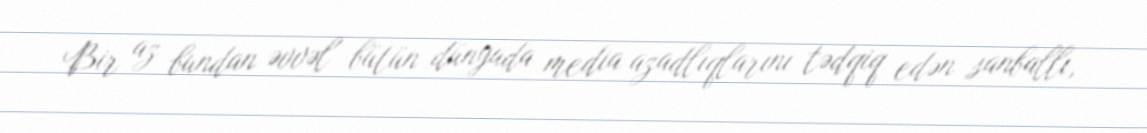
Bir az bundan əvvəl bütün dünyada media azadlıqlarını tədqiq edən sanballı,